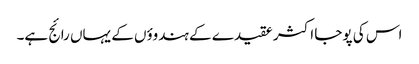
اس کی پوجا اکثر عقیدے کے ہندوؤں کے یہاں رائج ہے۔